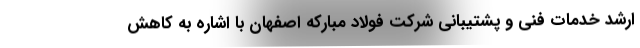
ارشد خدمات فنی و پشتیبانی شرکت فولاد مبارکه اصفهان با اشاره به کاهش